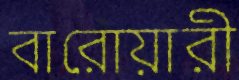
বারোয়ারী